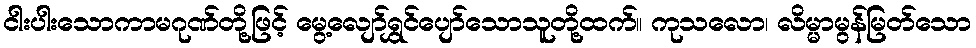
ငါးပါးသောကာမဂုဏ်တို့ဖြင့် မွေ့လျော်ရွှင်ပျော်သောသူတို့ထက်။ ကုသလော၊ လိမ္မာမွန်မြတ်သော